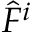
{ \hat { F } } ^ { i }